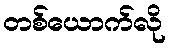
တစ်ယောက်လို